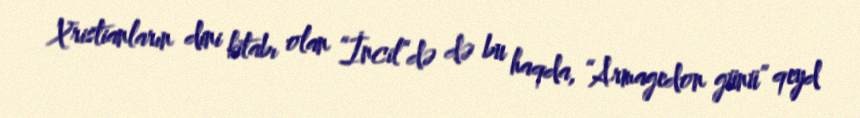
Xristianların dini kitabı olan “İncil”də də bu haqda, “Armagedon günü” qeyd